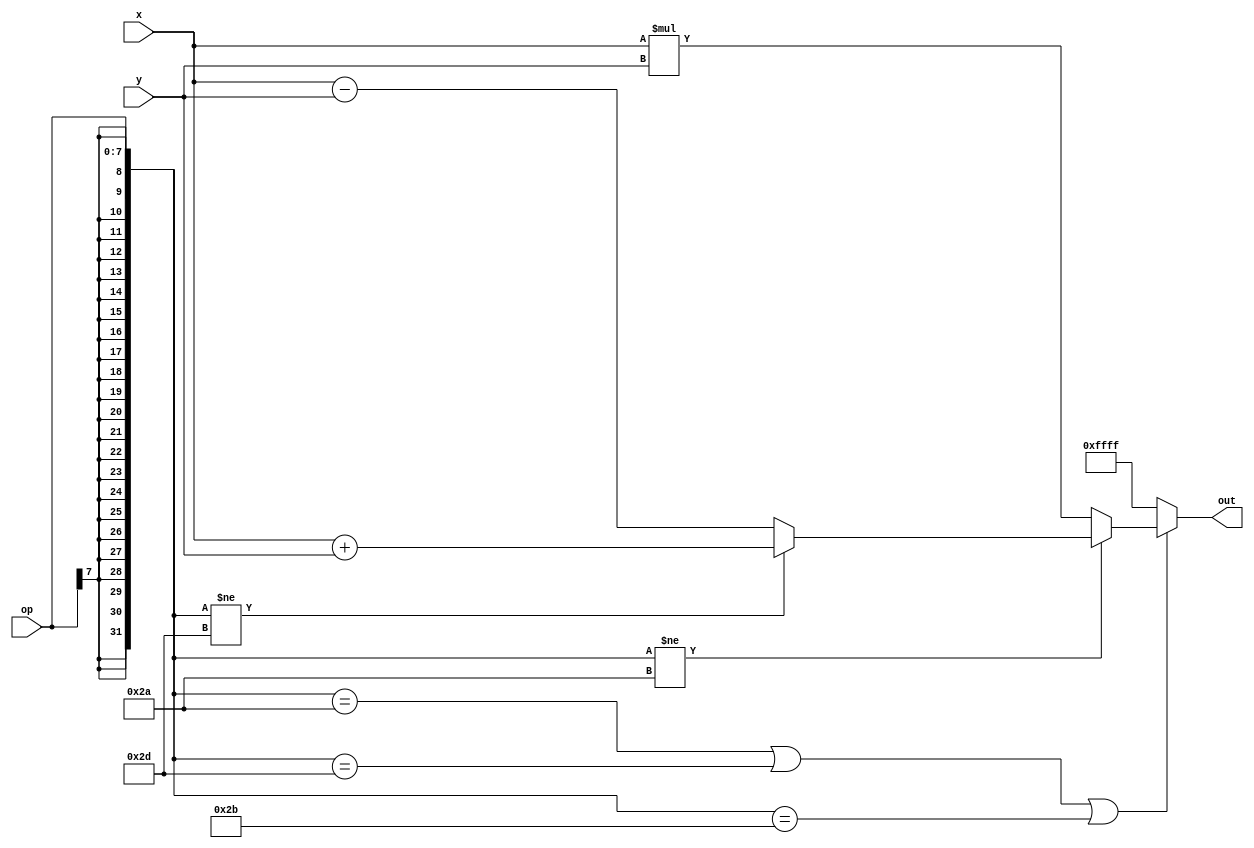
// Copyright 2021 Google LLC
//
// Licensed under the Apache License, Version 2.0 (the "License");
// you may not use this file except in compliance with the License.
// You may obtain a copy of the License at
//
//      http://www.apache.org/licenses/LICENSE-2.0
//
// Unless required by applicable law or agreed to in writing, software
// distributed under the License is distributed on an "AS IS" BASIS,
// WITHOUT WARRANTIES OR CONDITIONS OF ANY KIND, either express or implied.
// See the License for the specific language governing permissions and
// limitations under the License.
module my_package(
  input wire [15:0] x,
  input wire [15:0] y,
  input wire [7:0] op,
  output wire [15:0] out
);
  // lint_off SIGNED_TYPE
  // lint_off MULTIPLY
  function automatic [31:0] smul32b_16b_x_16b (input reg [15:0] lhs, input reg [15:0] rhs);
    reg signed [15:0] signed_lhs;
    reg signed [15:0] signed_rhs;
    reg signed [31:0] signed_result;
    begin
      signed_lhs = $signed(lhs);
      signed_rhs = $signed(rhs);
      signed_result = signed_lhs * signed_rhs;
      smul32b_16b_x_16b = $unsigned(signed_result);
    end
  endfunction
  // lint_on MULTIPLY
  // lint_on SIGNED_TYPE
  wire [31:0] sign_ext_221;
  wire [31:0] smul_227;
  wire [15:0] sub_229;
  wire [15:0] add_230;
  assign sign_ext_221 = {{24{op[7]}}, op};
  assign smul_227 = smul32b_16b_x_16b(x, y);
  assign sub_229 = x - y;
  assign add_230 = x + y;
  assign out = {~(sign_ext_221 == 32'h0000_002a | sign_ext_221 == 32'h0000_002d | sign_ext_221 == 32'h0000_002b) ? 16'hffff : (sign_ext_221 != 32'h0000_002a ? (sign_ext_221 != 32'h0000_002d ? add_230 : sub_229) : smul_227[15:0])};
endmodule